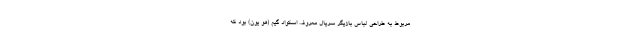
مربوط به طراحی لباس بازیگر سریال معروف اسکواد گیم (هو یون) بود که